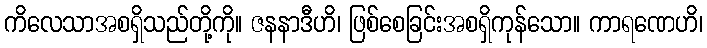
ကိလေသာအစရှိသည်တို့ကို။ ဇနနာဒီဟိ၊ ဖြစ်စေခြင်းအစရှိကုန်သော။ ကာရဏေဟိ၊